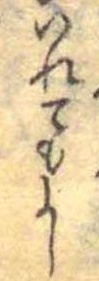
いれてもよし